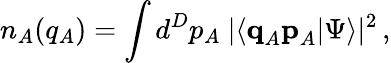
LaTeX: n_{A}(q_{A})=\int d^{D}p_{A}\ |\langle\textbf{q}_{A}\textbf{p}_{A}|\Psi\rangle|^{2}\, ,